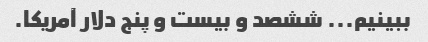
ببینیم... ششصد و بیست و پنج دلار آمریکا.